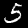
Digit: 5